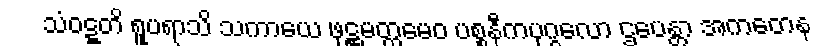
သံဝဋ္ဋတိ ရူပရာသိ သကာယေ ဖုဋ္ဌမတ္တမေဝ ပစ္စနီကပုဂ္ဂလော ဌပေန္တာ အကတေန